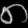
Digit: ၈